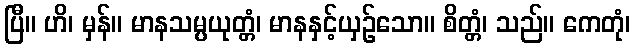
ပြီ။ ဟိ၊ မှန်။ မာနသမ္ပယုတ္တံ၊ မာနနှင့်ယှဉ်သော။ စိတ္တံ၊ သည်။ ကေတုံ၊